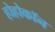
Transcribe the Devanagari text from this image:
होहोकॉन